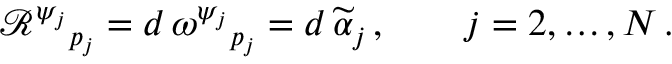
\mathcal { R } ^ { \psi _ { j } } { } _ { p _ { j } } = d \, \omega ^ { \psi _ { j } } { } _ { p _ { j } } = d \, \widetilde { \alpha } _ { j } \, , \qquad j = 2 , \hdots , N \, .